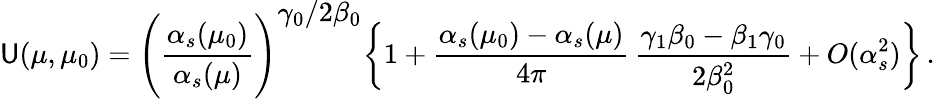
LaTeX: \mathsf{U}(\mu,\mu_{0})=\Bigg({\frac{{\alpha_{s}(\mu_{0})}}{{\alpha_{s}(\mu)}}}\Bigg)^{\displaystyle{\gamma_{0}/2\beta_{0}}}\bigg\{ 1+{\frac{{\alpha_{s}(\mu_{0})-\alpha_{s}(\mu)}}{{4\pi}}}\, {\frac{{\gamma_{1}\beta_{0}-\beta_{1}\gamma_{0}}}{{2\beta_{0}^{2}}}}+O(\alpha_{s}^{2})\bigg\} \, .